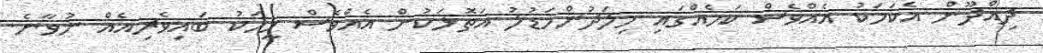
ދިއްދޫން އެކަމަކު އެއްވެސް ކަމެއްގައި މިލަދުންމަޑުލު އަތޮޅަކުން އެއްވެސް މީހަކު ބައިވެރިއެއް ނުވާނެ.